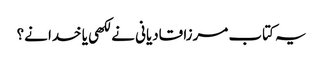
یہ کتاب مرزا قادیانی نے لکھی یا خدا نے؟